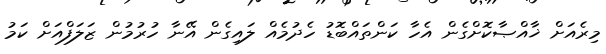
މިރެއަށް ޚާއްޞާކޮށްގެން އެހާ ކަންތައްބޮޑު ހެދުމެއް ލައިގެން އޭނާ ހުރުމުން ޒަލަފްއަށް ކަމު